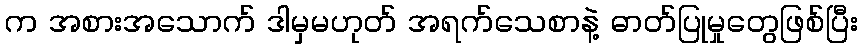
က အစားအသောက် ဒါမှမဟုတ် အရက်သေစာနဲ့ ဓာတ်ပြုမှုတွေဖြစ်ပြီး